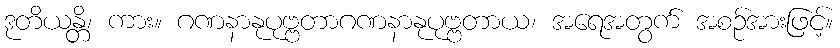
ဒုတိယန္တိ၊ ကား။ ဂဏနာနုပုဗ္ဗတာဂဏနာနုပုဗ္ဗတာယ၊ အရေအတွက် အစဉ်အားဖြင့်။